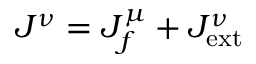
J ^ { \nu } = J _ { f } ^ { \mu } + J _ { \mathrm { e x t } } ^ { \nu }